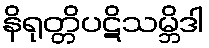
နိရုတ္တိပဋိသမ္ဘိဒါ